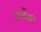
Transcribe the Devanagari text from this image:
चर्चेना